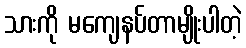
သားကို မကျေနပ်တာမျိုးပါတဲ့